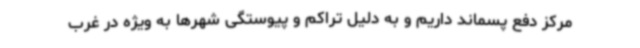
مرکز دفع پسماند داریم و به دلیل تراکم و پیوستگی شهرها به ویژه در غرب